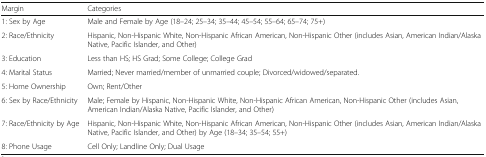
<table><thead><tr><td><b>Margin</b></td><td><b>Categories</b></td></tr></thead><tbody><tr><td>1: Sex by Age</td><td>Male and Female by Age (18–24; 25–34; 35–44; 45–54; 55–64; 65–74; 75+)</td></tr><tr><td>2: Race/Ethnicity</td><td>Hispanic, Non-Hispanic White, Non-Hispanic African American, Non-Hispanic Other (includes Asian, American Indian/Alaska Native, Pacific Islander, and Other)</td></tr><tr><td>3: Education</td><td>Less than HS; HS Grad; Some College; College Grad</td></tr><tr><td>4: Marital Status</td><td>Married; Never married/member of unmarried couple; Divorced/widowed/separated.</td></tr><tr><td>5: Home Ownership</td><td>Own; Rent/Other</td></tr><tr><td>6: Sex by Race/Ethnicity</td><td>Male; Female by Hispanic, Non-Hispanic White, Non-Hispanic African American, Non-Hispanic Other (includes Asian, American Indian/Alaska Native, Pacific Islander, and Other)</td></tr><tr><td>7: Race/Ethnicity by Age</td><td>Hispanic, Non-Hispanic White, Non-Hispanic African American, Non-Hispanic Other (includes Asian, American Indian/Alaska Native, Pacific Islander, and Other) by Age (18–34; 35–54; 55+)</td></tr><tr><td>8: Phone Usage</td><td>Cell Only; Landline Only; Dual Usage</td></tr></tbody></table>